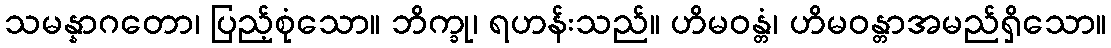
သမန္နာဂတော၊ ပြည့်စုံသော။ ဘိက္ခု၊ ရဟန်းသည်။ ဟိမဝန္တံ၊ ဟိမဝန္တာအမည်ရှိသော။